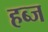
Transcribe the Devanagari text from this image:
हब्ज